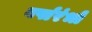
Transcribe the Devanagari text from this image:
वर्षारंभों